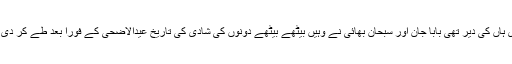
میری ہاں کی دیر تھی بابا جان اور سبحان بھائی نے وہیں بیٹھے بیٹھے دونوں کی شادی کی تاریخ عیدالاضحیٰ کے فوراً بعد طے کر دی تھی۔